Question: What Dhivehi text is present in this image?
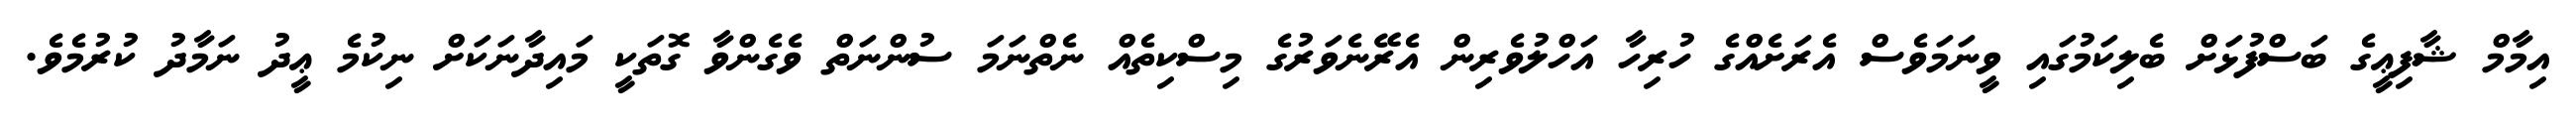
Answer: އިމާމް ޝާފިޢީގެ ބަސްފުޅަށް ބެލިކަމުގައި ވީނަމަވެސް އެރަށެއްގެ ހުރިހާ އަހްލުވެރިން އެރޭނެވަރުގެ މިސްކިތެއް ނެތްނަމަ ސުންނަތް ވެގެންވާ ގޮތަކީ މައިދާނަކަށް ނިކުމެ ޢީދު ނަމާދު ކުރުމެވެ.